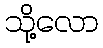
သို့လော